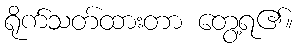
ရိုက်သတ်ထားတာ တွေ့ရ၏။